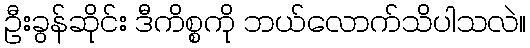
ဦးခွန်ဆိုင်း ဒီကိစ္စကို ဘယ်လောက်သိပါသလဲ။